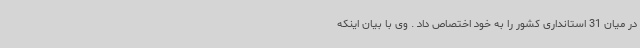
در میان 31 استانداری کشور را به خود اختصاص داد . وی با بیان اینکه